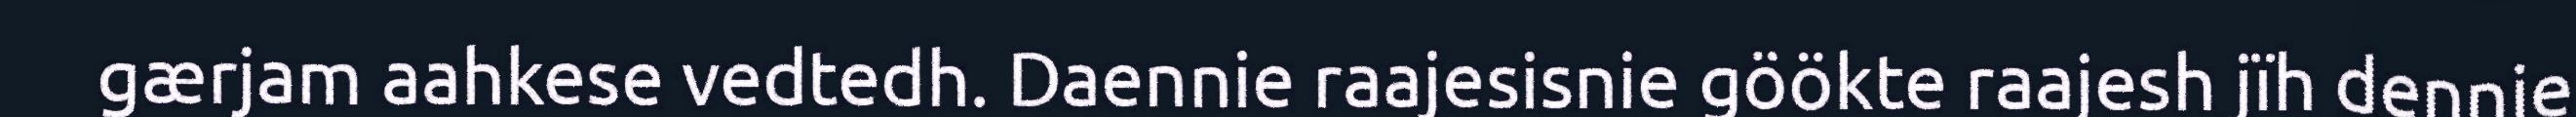
gærjam aahkese vedtedh. Daennie raajesisnie göökte raajesh jïh dennie